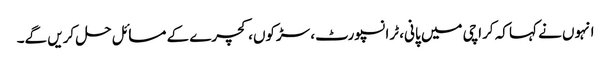
انہوں نے کہا کہ کراچی میں پانی، ٹرانسپورٹ، سڑکوں، کچرے کے مسائل حل کریں گے۔